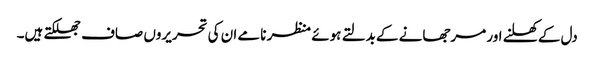
دل کے کھلنے اور مرجھانے کے بدلتے ہوئے منظر نامے ان کی تحریروں صاف جھلکتے ہیں۔